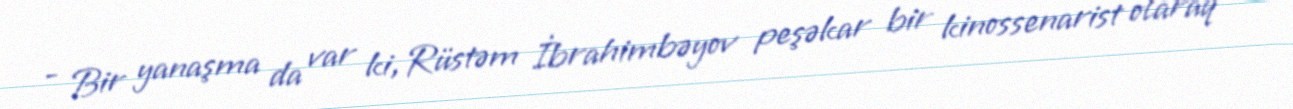
- Bir yanaşma da var ki, Rüstəm İbrahimbəyov peşəkar bir kinossenarist olaraq